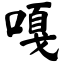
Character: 嘎